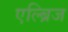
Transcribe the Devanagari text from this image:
एल्ब्रिज